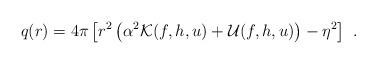
\begin{align*}q(r)=4\pi \left[r^2\left(\alpha^2{\cal K}(f,h,u)+{\cal U}(f,h,u)\right)-\eta^2\right] \ .\end{align*}